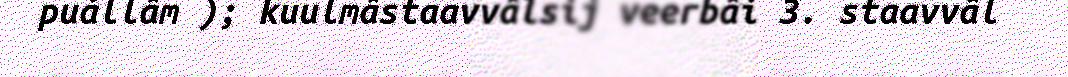
puállâm ); kuulmâstaavvâlsij veerbâi 3. staavvâl